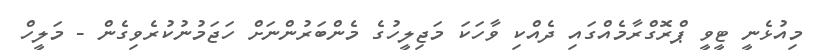
މިއުޅެނީ ޓީވީ ޕްރޮގްރާމެއްގައި ދެއްކި ވާހަކަ މަޖިލީހުގެ މެންބަރުންނަށް ހަޖަމުނުކުރެވިގެން - މަލީހް